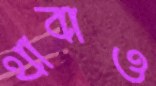
থাবাও